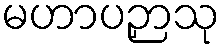
မဟာပဉှာသု